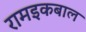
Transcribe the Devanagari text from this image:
रामइकबाल